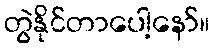
တွဲနိုင်တာပေါ့နော်။